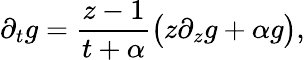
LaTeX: \partial_{t}g=\frac{z-1}{t+\alpha}\big(z\partial_{z}g+\alpha g\big),